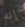
إنه